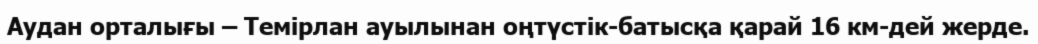
Аудан орталығы – Темірлан ауылынан оңтүстік-батысқа қарай 16 км-дей жерде.